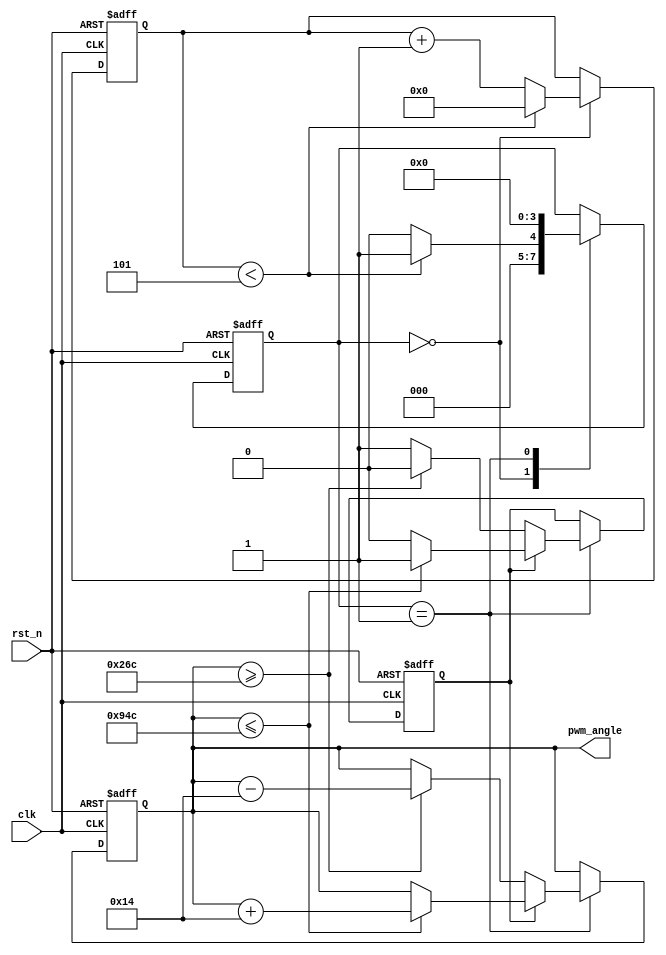
module servo_moving_test(clk,rst_n,pwm_angle);
input clk,rst_n;//clk->clk_50Hz
output reg [15:0] pwm_angle;//500~2500

reg [7:0] counter;
reg [3:0] state;
reg flag;//true->add angle;false->minus angle
parameter S0=4'd0,S1=4'd1;
parameter STEP=20;

always @ (posedge clk or negedge rst_n)
if(!rst_n)
	begin
		counter <= 0;
		state <= S0;
		flag <= 1;
		pwm_angle <= 1500;
	end
else
	begin
		case(state)
			S0: begin
				if( counter < 5 ) begin
					counter <= 0;
					state <= S1;
				end
				else begin
					counter <= counter + 1;
					state <= S0;
				end
			end
			S1: begin
				state <= S0;
				if(flag) begin	//flag == 1 -> Add angle
					if(pwm_angle <= (2400 - STEP)) begin
						pwm_angle <= pwm_angle + STEP;
						
					end
					else begin
						pwm_angle <= pwm_angle;
						flag = 0;
					end
				end
				else begin	//flag == 0 -> Minus angle
					if(pwm_angle >= (600 + STEP)) begin
						pwm_angle <= pwm_angle - STEP;
					end
					else begin
						pwm_angle <= pwm_angle;
						flag = 1;
					end
				end
			end

			
		
		endcase
	end

	
    
endmodule